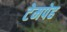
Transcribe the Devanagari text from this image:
टेमपेह